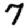
Digit: 7